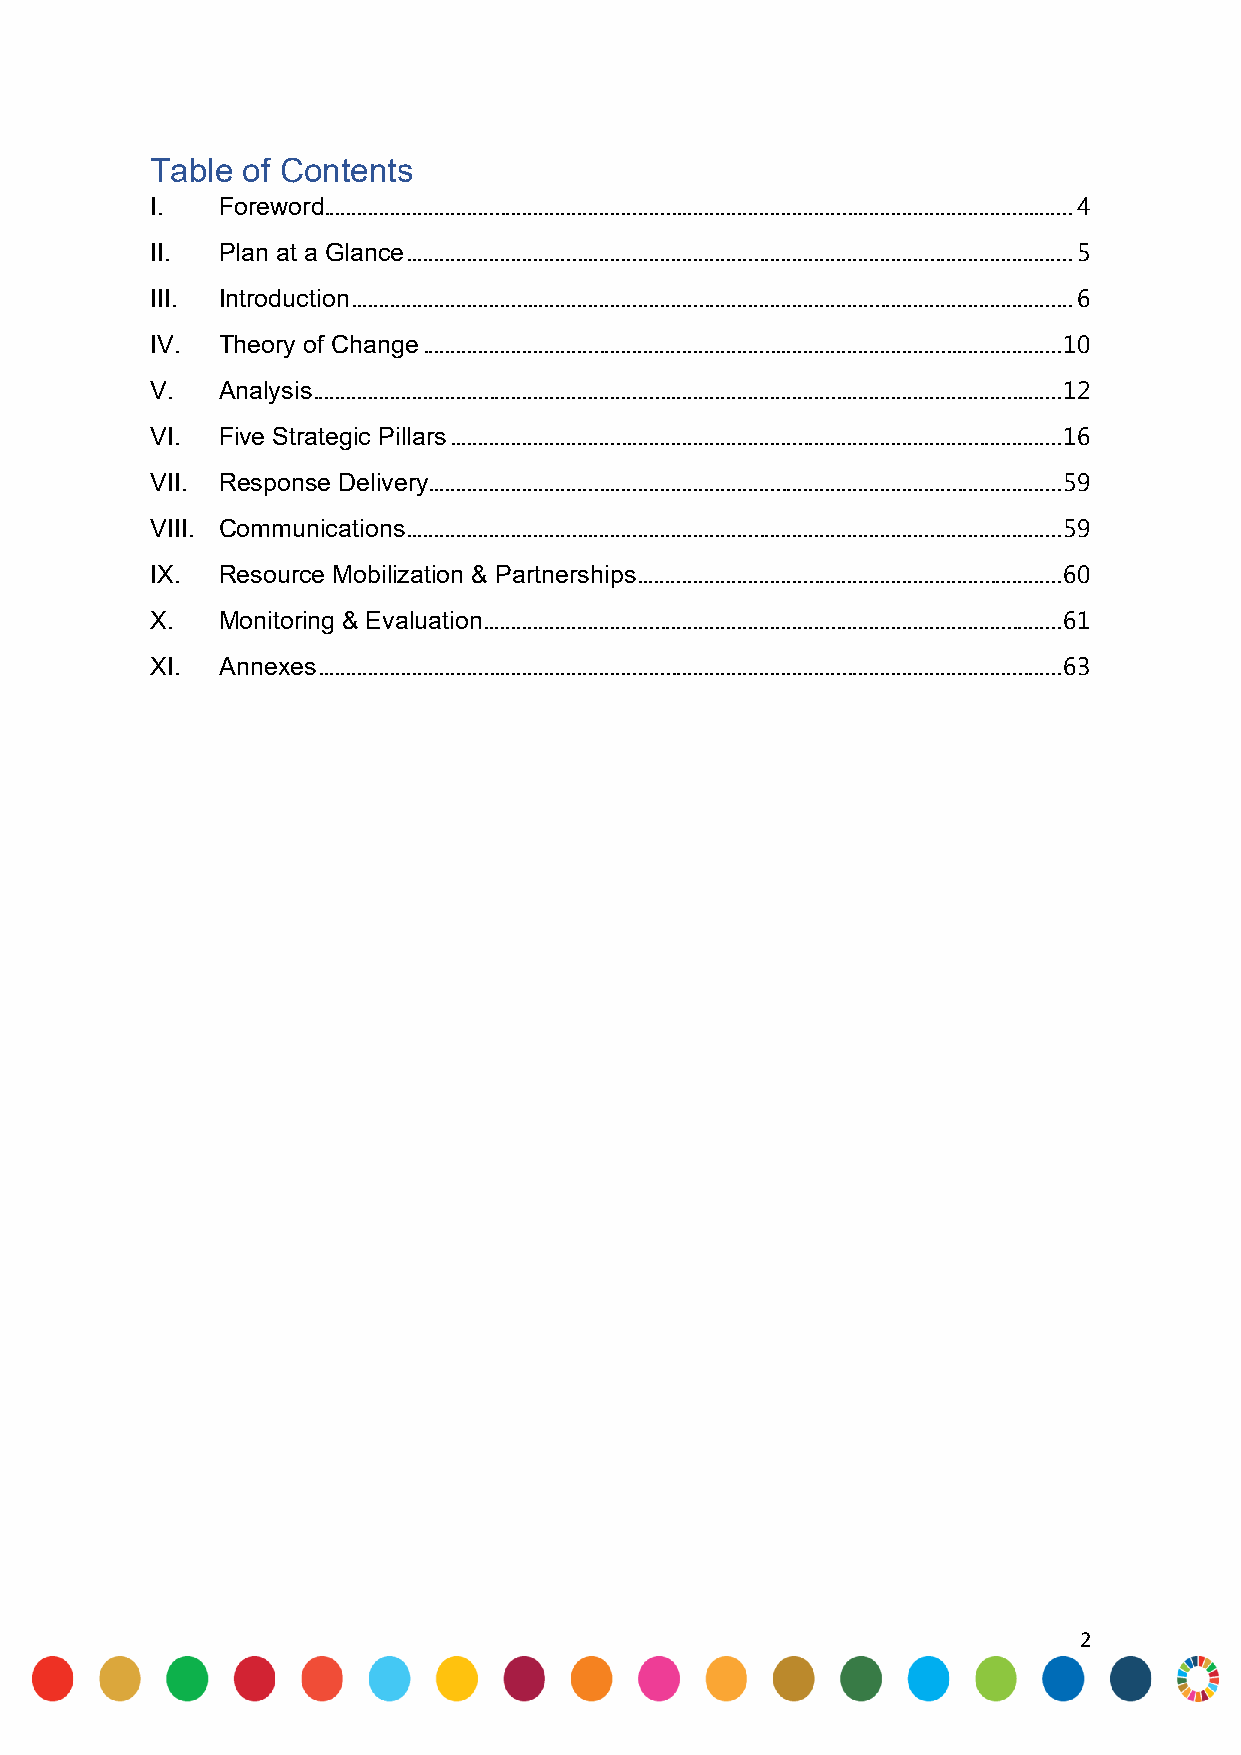
Table of Contents
 I.  Foreword ........................................................................................................................................ 4
 II. Plan at a Glance ......................................................................................................................... 5
 III. Introduction ................................................................................................................................... 6
 IV. Theory of Change .................................................................................................................... 10
 V.  Analysis ........................................................................................................................................ 12
 VI. Five Strategic Pillars ............................................................................................................... 16
 VII. Response Delivery ................................................................................................................... 59
 VIII. Communications ....................................................................................................................... 59
 IX. Resource Mobilization & Partnerships ............................................................................. 60
 X.  Monitoring & Evaluation ......................................................................................................... 61
 XI. Annexes ....................................................................................................................................... 63
 2